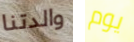
والدتنا يوم